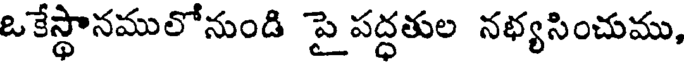
ఒకేస్థానములోనుండి పై పద్ధతుల నభ్యసించుము,